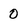
Character: 0